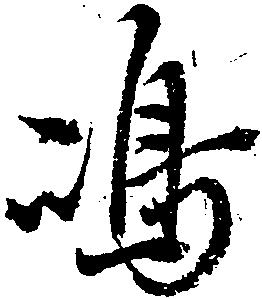
嶋